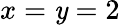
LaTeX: x=\mathit{y}=2